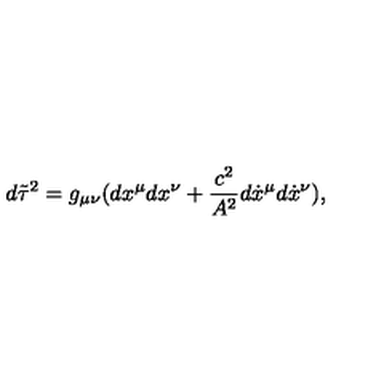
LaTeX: d \tilde { \tau } ^ { 2 } = g _ { \mu \nu } ( d x ^ { \mu } d x ^ { \nu } + \frac { c ^ { 2 } } { A ^ { 2 } } d \dot { x } ^ { \mu } d \dot { x } ^ { \nu } ) { , }